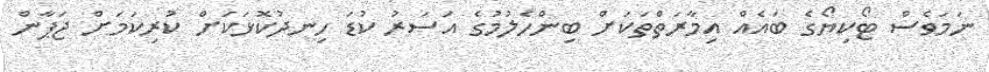
ނަމަވެސް ޓޯކިޔޯގެ ބައެއް އިމާރަތްތަކަށް ބިންހެލުމުގެ އަސަރު ކުޑަ ހިނދުކޮޅަކަށް ކުރިކަމަށް ޖަޕާން